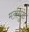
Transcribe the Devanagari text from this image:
मतांमुळे